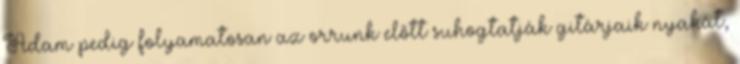
Adam pedig folyamatosan az orrunk előtt suhogtatják gitárjaik nyakát,